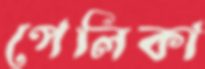
পেলিকা